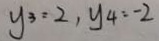
y _ { 3 } = 2 , y _ { 4 } = - 2